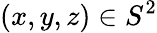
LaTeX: (x,y,z)\in S^{2}